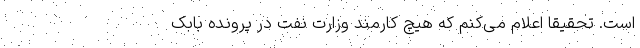
است. تحقیقاً اعلام می‌کنم که هیچ کارمند وزارت نفت در پرونده بابک